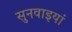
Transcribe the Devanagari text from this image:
सुनवाइयां